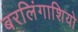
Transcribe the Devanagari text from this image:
बरलिंगाशियो